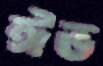
ঈভ